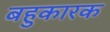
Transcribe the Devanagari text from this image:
बहुकारक